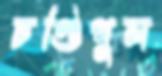
চণ্ডিপুল